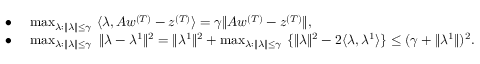
\begin{array} { r l } { \bullet \ } & { \operatorname* { m a x } _ { \lambda : \| \lambda \| \leq \gamma } \ \langle \lambda , A w ^ { ( T ) } - z ^ { ( T ) } \rangle = \gamma \| A w ^ { ( T ) } - z ^ { ( T ) } \| , } \\ { \bullet \ } & { \operatorname* { m a x } _ { \lambda : \| \lambda \| \leq \gamma } \ \| \lambda - \lambda ^ { 1 } \| ^ { 2 } = \| \lambda ^ { 1 } \| ^ { 2 } + \operatorname* { m a x } _ { \lambda : \| \lambda \| \leq \gamma } \ \{ \| \lambda \| ^ { 2 } - 2 \langle \lambda , \lambda ^ { 1 } \rangle \} \leq ( \gamma + \| \lambda ^ { 1 } \| ) ^ { 2 } . } \end{array}